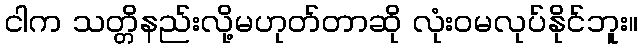
ငါက သတ္တိနည်းလို့မဟုတ်တာဆို လုံးဝမလုပ်နိုင်ဘူး။